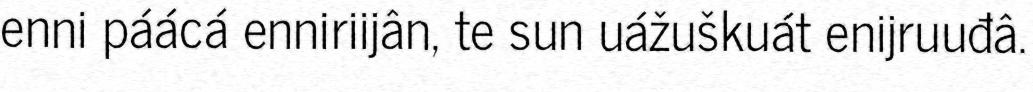
enni páácá enniriijân, te sun uážuškuát enijruuđâ.